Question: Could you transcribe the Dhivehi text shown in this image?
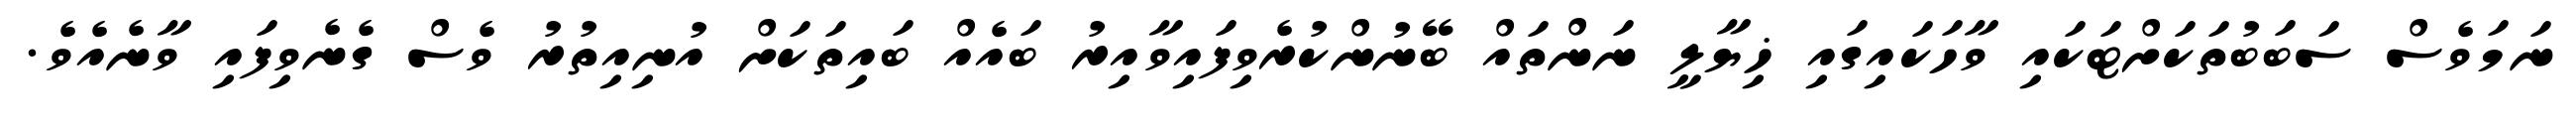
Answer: ނަމަވެސް ސަބަބުތަކަށްޓަކައި ވާހަކައިގައި ޚިޔާލީ ނަންތައް ބޭނުންކުރެވިފައިވާއިރު ބައެއް ބައިތަކަށް އުނިއިތުރު ވެސް ގެނެވިފައި ވާނެއެވެ.